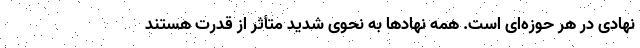
نهادی در هر حوزه‌ای است. همه نهادها به نحوی شدید متأثر از قدرت هستند